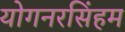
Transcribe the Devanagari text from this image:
योगनरसिंहम